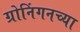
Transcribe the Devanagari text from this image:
ग्रोनिंगनच्या